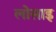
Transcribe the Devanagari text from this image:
लोसाइ